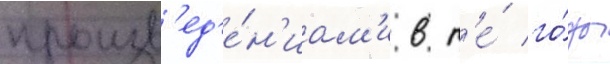
произв'ед'е́н'иам'и в т'е́ го́ды